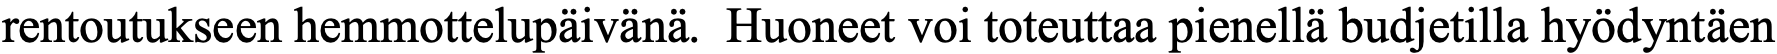
rentoutukseen hemmottelupäivänä. Huoneet voi toteuttaa pienellä budjetilla hyödyntäen